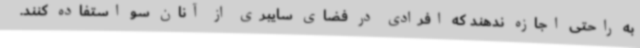
به راحتی اجازه ندهند که افرادی در فضای سایبری از آنان سو استفاده کنند.